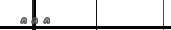
١١٨